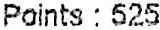
POINTS : 525